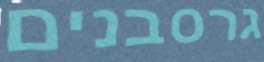
גרסבנים